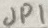
Text: JP1